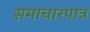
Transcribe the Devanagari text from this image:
समाचारपात्र